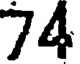
74